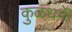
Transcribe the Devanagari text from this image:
कुळधर्में